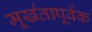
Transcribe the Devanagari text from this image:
मूर्खतापूर्वक